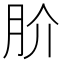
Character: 𭨫